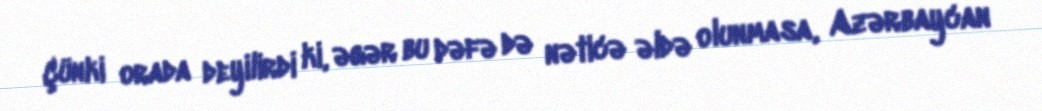
Çünki orada deyilirdi ki, əgər bu dəfə də nəticə əldə olunmasa, Azərbaycan